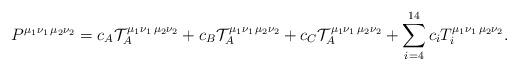
LaTeX: \begin{align*}P^{\mu_1\nu_1\,\mu_2\nu_2}=c_A {\cal T}_A^{\mu_1\nu_1\,\mu_2\nu_2}+c_B {\cal T}_A^{\mu_1\nu_1\,\mu_2\nu_2}+c_C {\cal T}_A^{\mu_1\nu_1\,\mu_2\nu_2}+\sum_{i=4}^{14} c_i T_i^{\mu_1\nu_1\,\mu_2\nu_2}.\end{align*}